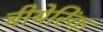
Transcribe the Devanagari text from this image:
बीयेरिंक